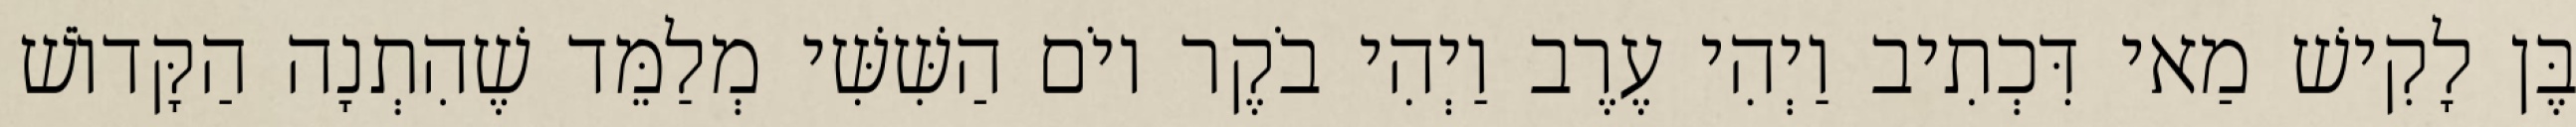
בֶּן לָקִישׁ מַאי דִּכְתִיב וַיְהִי עֶרֶב וַיְהִי בֹקֶר יוֹם הַשִּׁשִּׁי מְלַמֵּד שֶׁהִתְנָה הַקָּדוֹשׁ